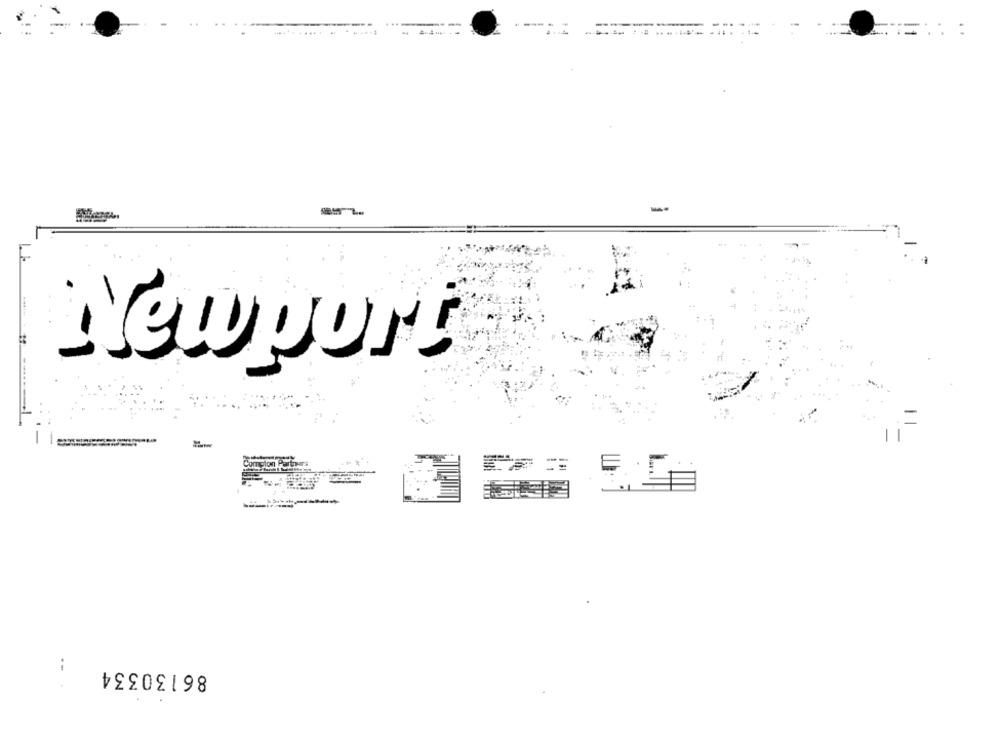
------
Newport
-
tom
86130334
.-.